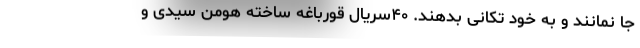
جا نمانند و به خود تکانی بدهند. ۴۰سریال قورباغه ساخته هومن سیدی و